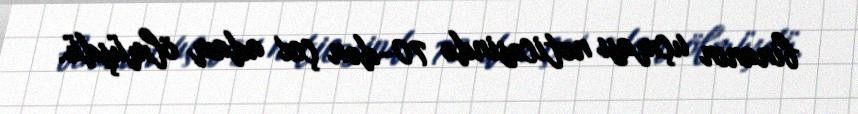
binanın uçması nəticəsində 70-dən çox adam ölmüşdü.